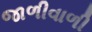
જાળીવાળી